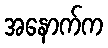
အနောက်က